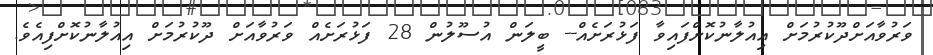
ވަރުވާއަށްދޫކުރުމަށް އިއުލާނުކޮށްފައިވާ ފަޅުރަށެއް-- ބީލަން އުސޫލުން 28 ފަޅުރަށެއް ވަރުވާއަށް ދޫކުރުމަށް އިއުލާނުކޮށްފިއެވެ.